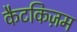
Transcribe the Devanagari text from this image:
कैटकिज़म